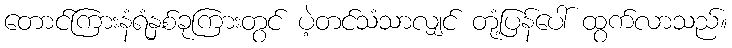
တောင်ကြားနံရံနှစ်ခုကြားတွင် ပဲ့တင်သံသာလျှင် တုံ့ပြန်ပေါ် ထွက်လာသည်။